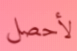
لأحصل